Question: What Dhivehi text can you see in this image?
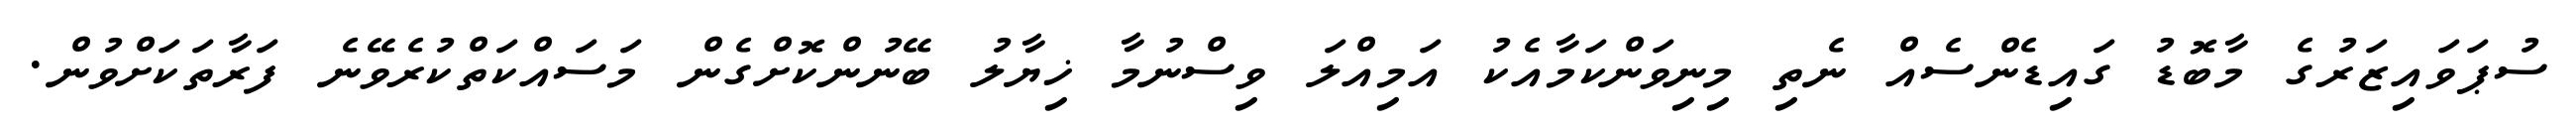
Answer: ސުޕަވައިޒަރުގެ މާބޮޑު ގައިޑެންސެއް ނެތި މިނިވަންކަމާއެކު އަމިއްލަ ވިސްނުމާ ޚިޔާލު ބޭނުންކޮށްގެން މަސައްކަތްކުރެވޭނެ ފަރާތަކަށްވުން.